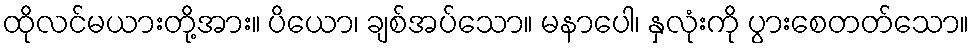
ထိုလင်မယားတို့အား။ ပိယော၊ ချစ်အပ်သော။ မနာပေါ၊ နှလုံးကို ပွားစေတတ်သော။